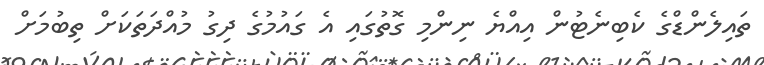
ތައިލެންޑްގެ ކެބިނެޓުން އިއްޔެ ނިންމި ގޮތުގައި އެ ގައުމުގެ ދިގު މުއްދަތަކަށް ތިބުމަށް